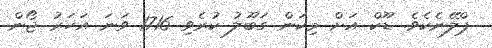
ޕްލޭނެކެވެ. ޑޫކް އަށް މިކަން ގަބޫލު ކުރެވި 1716 ވަނަ އަހަރު ޖޯން